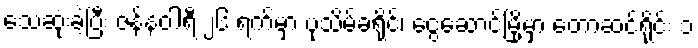
သေဆုံးခဲ့ပြီး ဇန်နဝါရီ ၂၆ ရက်မှာ ပုသိမ်ခရိုင်၊ ငွေဆောင်မြို့မှာ တောဆင်ရိုင်း ၁